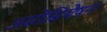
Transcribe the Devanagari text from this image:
असोसियेषन